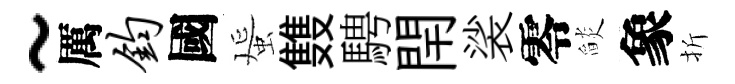
~厲钧國蜑䨇騁閈裟零𦦨象折